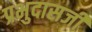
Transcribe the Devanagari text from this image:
प्रभुदासजी